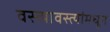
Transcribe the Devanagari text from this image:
वस्त्यावस्त्यांमधून